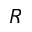
_ { R }